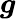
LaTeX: \boldsymbol{g}